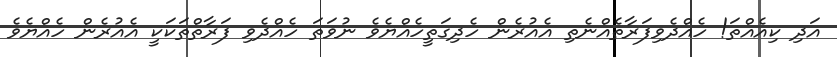
އަދި ކިއެއްތަ! ހެއްދެވިފަރާތެއްނެތި އެއުރެން ހެދިގަތީހެއްޔެވެ ނުވަތަ ހެއްދެވި ފަރާތްތަކަކީ އެއުރެން ހެއްޔެވެ